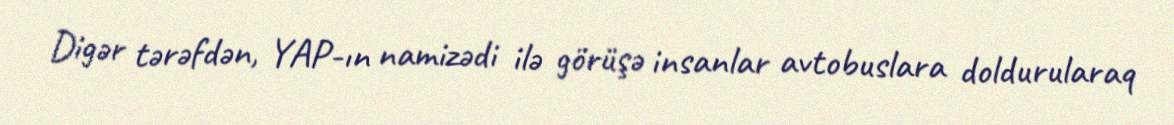
Digər tərəfdən, YAP-ın namizədi ilə görüşə insanlar avtobuslara doldurularaq